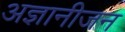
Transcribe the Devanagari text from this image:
अज्ञानीजन